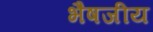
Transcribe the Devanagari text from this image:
भैषजीय